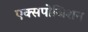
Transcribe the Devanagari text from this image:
एक्सपोजिशन